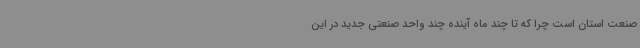
صنعت استان است چرا که تا چند ماه آینده چند واحد صنعتی جدید در این